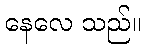
နေလေ သည်။